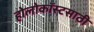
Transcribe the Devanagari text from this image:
होलोकॉस्टसाठी